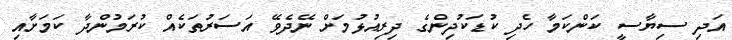
އަދި ސިޔާސީ ކަންކަމާ ހެދި ކުޑަކުދިންގެ ދިރިއުޅުމަށް ނޭދެވޭ އަސަރުތަކެއް ކުރަމުންދާ ކަމަށާއި